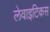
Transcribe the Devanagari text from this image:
लेवाइटिकस